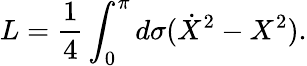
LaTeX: L=\frac{1}{4}\int_{0}^{\pi}d\sigma(\dot{X}^{2}-X^{2}).